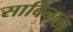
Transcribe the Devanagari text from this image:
साबिनाडा